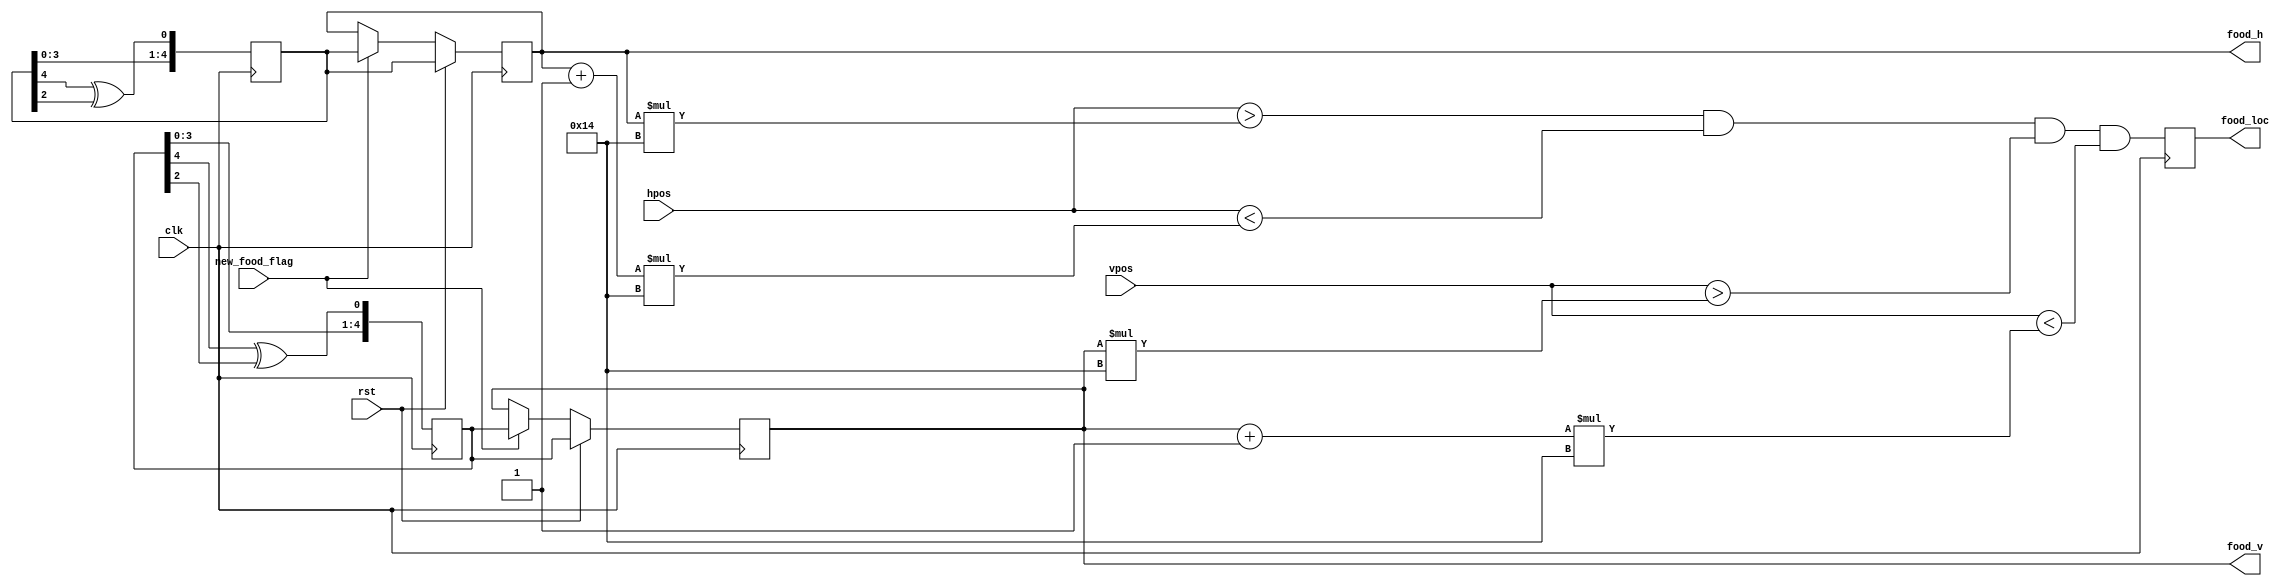
module foodgen(
  input clk,
  input rst,
  input [9:0] hpos, 
  input [9:0] vpos,
  input new_food_flag,
  output [4:0] food_h,
  output [4:0] food_v,
  output food_loc
);
  
  reg food_loc;
  reg [4:0] food_h;
  reg [4:0] food_v;

  //Pseudo-random number generators
  //https://electronics.stackexchange.com/questions/30521/random-bit-sequence-using-verilog
  reg [4:0] rng0 = 1;
  reg [4:0] rng1 = 3;
  // Keep the numbers changing every clock cycle
  
  always @(posedge clk) begin
    rng0 <= { rng0[3:0], rng0[4] ^ rng0[2] };
    rng1 <= { rng1[3:0], rng1[4] ^ rng1[2] };
    if (new_food_flag) begin
      food_h <= rng0;
      food_v <= rng1;
    end
    if (rst) begin
      food_h <= rng0;
      food_v <= rng1;
    end
    food_loc <= (hpos > food_h*20) & (hpos < (food_h+1)*20) & (vpos > food_v*20) & (vpos < (food_v+1)*20);
  end
  
endmodule